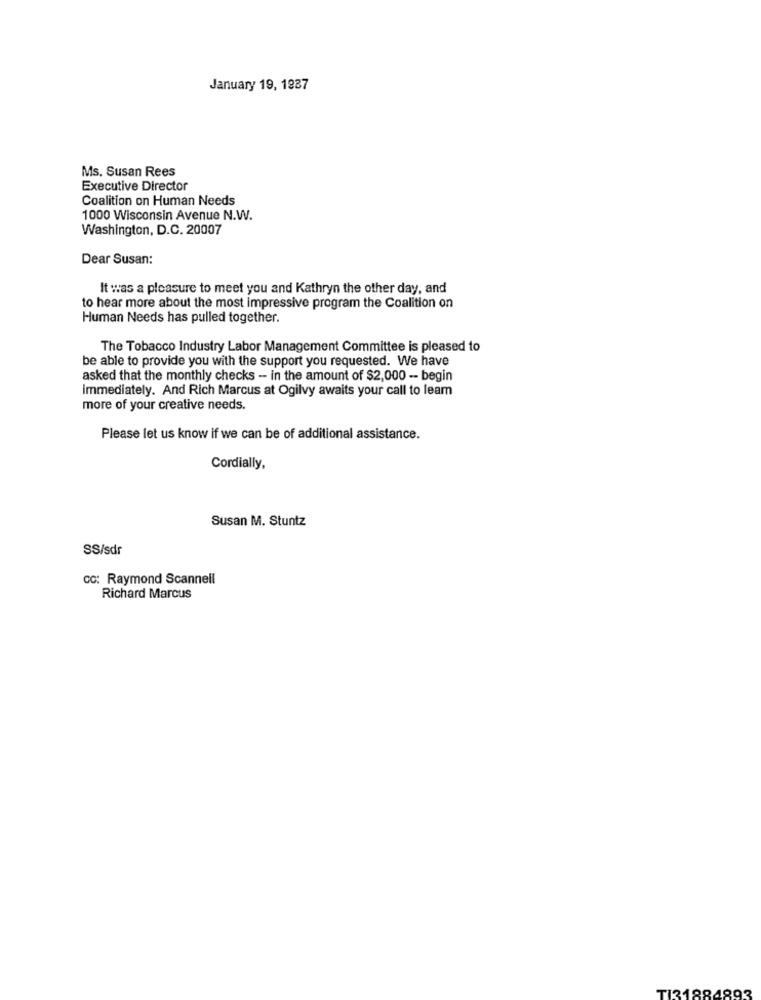
January 19, 1987
Ms. Susan Rees
Executive Director
Coalition on Human Needs
1000 Wisconsin Avenue N.W.
Washington, D.C. 20007
Dear Susan:
It was a pleasure to meet you and Kathryn the other day, and
to hear more about the most impressive program the Coalition on
Human Needs has pulled together.
The Tobacco Industry Labor Management Committee is pleased to
be able to provide you with the support you requested. We have
asked that the monthly checks -- in the amount of $2,000 -- begin
immediately. And Rich Marcus at Ogilvy awaits your call to learn
more of your creative needs.
Please let us know if we can be of additional assistance.
Cordially,
Susan M. Stuntz
SS/sdr
CC: Raymond Scannell
Richard Marcus
TI31884893